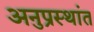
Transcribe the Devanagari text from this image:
अनुप्रस्थांत